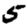
Digit: 5